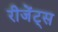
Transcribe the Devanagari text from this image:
रीजेंट्स